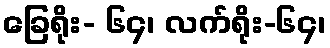
ခြေရိုး- ၆၄၊ လက်ရိုး-၆၄၊